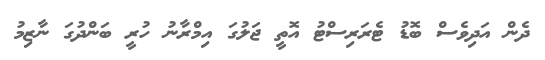
ދެން އަދިވެސް ބޮޑު ޓެރަރިސްޓު އޮތީ ޖަލުގަ އިމްރާނު ހުރީ ބަންދުގަ ނާޒިމު